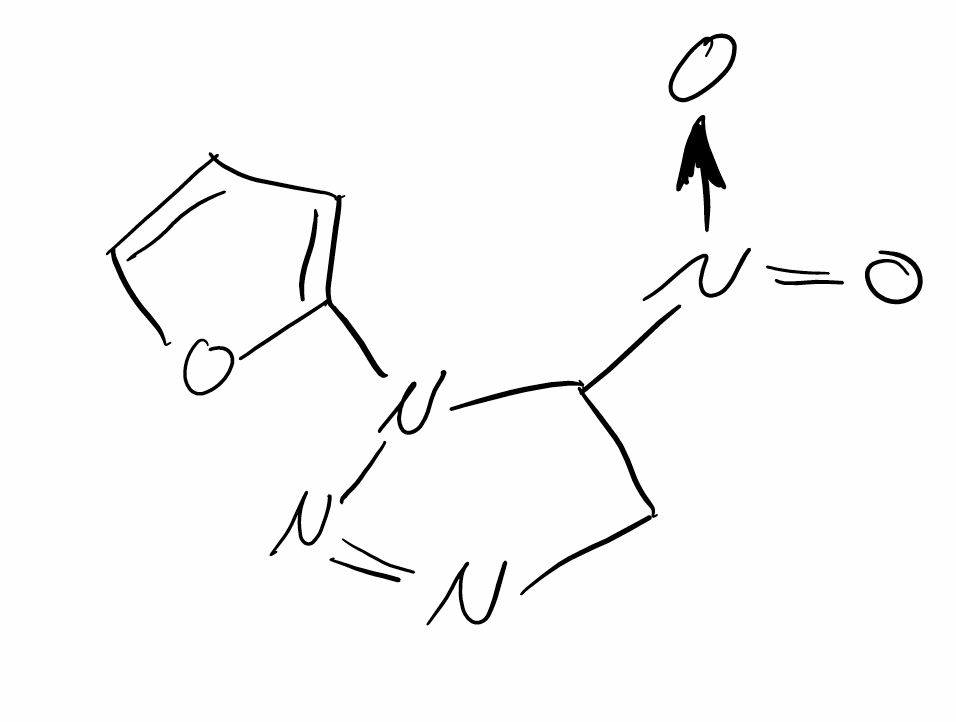
Simplified molecular-input line-entry system (SMILES) notation of the given molecule:
C1C(N(N=N1)C2=CC=CO2)[N+](=O)[O-]